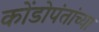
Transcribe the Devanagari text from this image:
कोंडोपंतांच्या